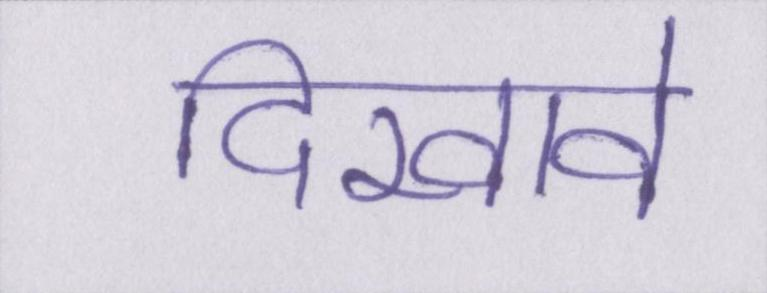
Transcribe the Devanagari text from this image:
दिखावे